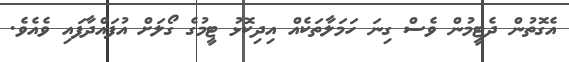
އެގޮތުން ދެޓީމުން ވެސް ގިނަ ހަމަލާތަކެއް އިދިކޮޅު ޓީމުގެ ގޯލަށް އުފައްދާފައި ވެއެވެ.